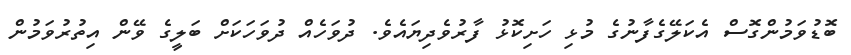
ބޮޑުވަމުންގޮސް އެކަލޭގެފާނުގެ މުޅި ހަށިކޮޅު ފާރުވެދިޔައެވެ. ދުވަހެއް ދުވަހަކަށް ބަލީގެ ވޭން އިތުރުވަމުން